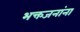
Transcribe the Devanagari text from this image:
भक्तजनांना